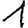
Digit: 1